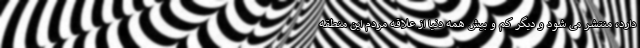
دارد، منتشر می شود و دیگر کم و بیش همه دنیا از علاقه مردم این منطقه